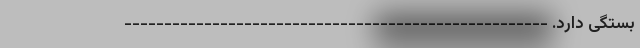
بستگی دارد. -----------------------------------------------------